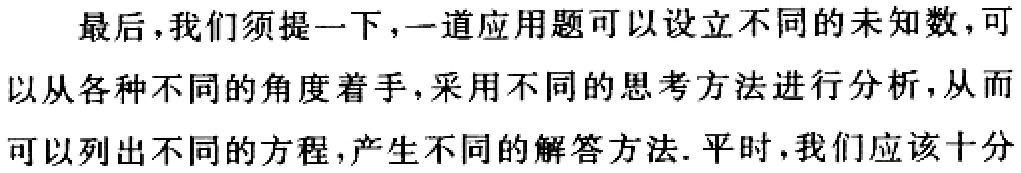
最后，我们须提一下，一道应用题可以设立不同的未知数，可以从各种不同的角度着手，采用不同的思考方法进行分析，从而可以列出不同的方程，产生不同的解答方法. 平时，我们应该十分